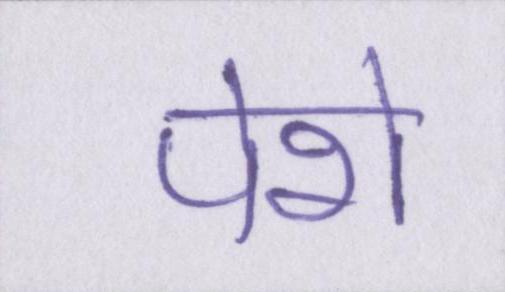
पेशे